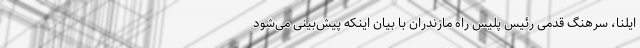
ایلنا، سرهنگ قدمی رئیس پلیس راه مازندران با بیان اینکه پیش‌بینی می‌شود